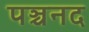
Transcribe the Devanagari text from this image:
पञ्चनद